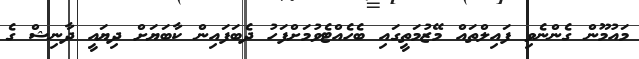
މައުމޫން ގެންނެވި ފައިލްތައް މޭޒުމަތީގައި ބެހެއްޓެވުމަށްފަހު ދެބަފައިން ކާބަޔަށް ދިޔައީ ދާނިޝް ގެ